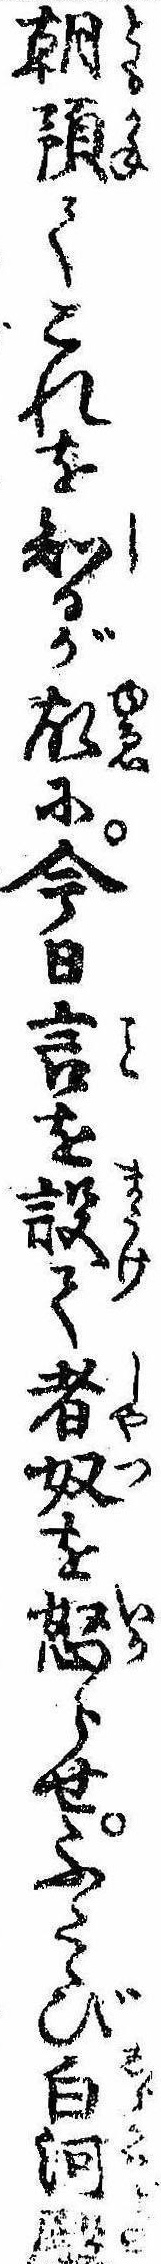
朝預てこれを知るが故に今日言を設て者奴を怒らせふたゝび白河殿